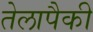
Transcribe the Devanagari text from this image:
तेलापैकी